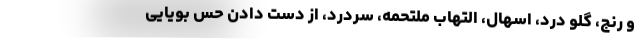
و رنج، گلو درد، اسهال، التهاب ملتحمه، سردرد، از دست دادن حس بویایی